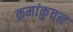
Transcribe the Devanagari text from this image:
क्रमांकुचन